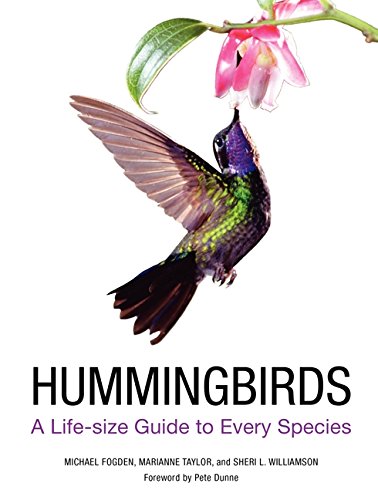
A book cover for Hummingbirds: A Life-size Guide to Every Species; Michael Fogden; Science & Math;